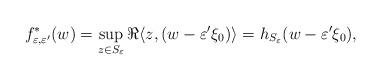
LaTeX: \begin{align*}f_{\varepsilon,\varepsilon'}^*(w) = \sup_{z\in S_{\varepsilon}} \Re \langle z,(w-\varepsilon'\xi_0) \rangle = h_{S_{\varepsilon}}(w-\varepsilon'\xi_0),\end{align*}